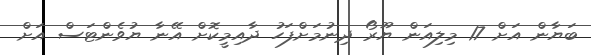
ބަޔާން އަށް 17 މިލިއަން ޔޫރޯ ދިނުމަށްފަހު ދާއިމީކޮށް އޭނާ ޔުވެންޓަސް އަށް